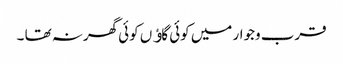
قرب وجوار میں کوئی گاﺅں کوئی گھرنہ تھا ۔